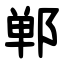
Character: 郸